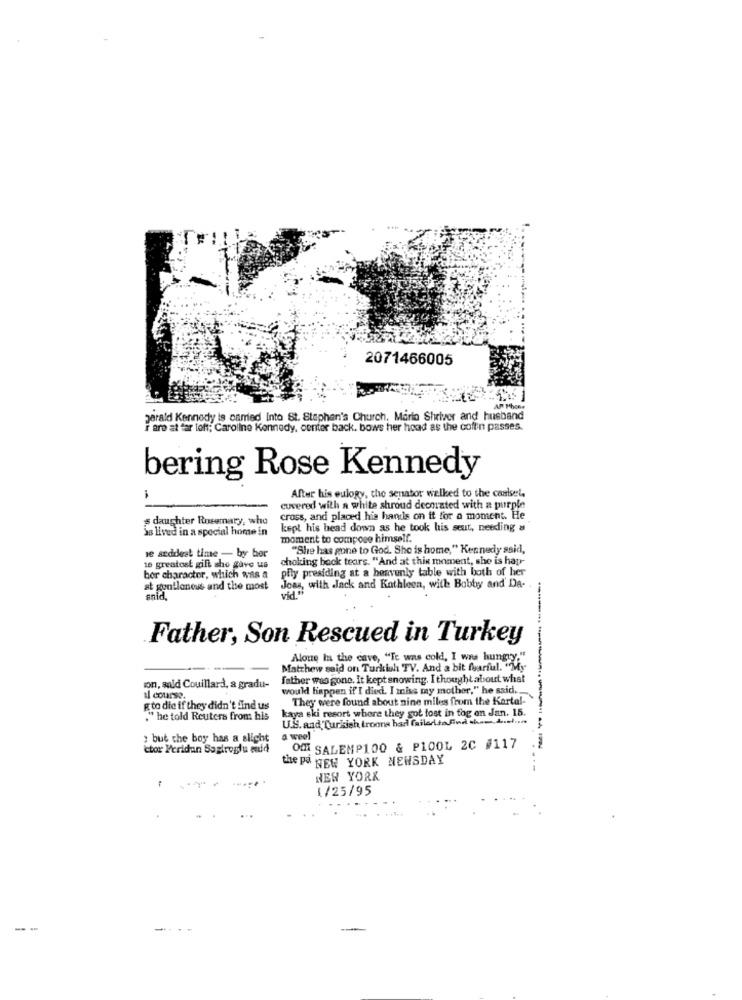
2071466005
gerald Kennedy is onmed Into St. Stephen's Church, Maria Shriver and husband
Fare at far left; Caroline Kennedy, center back. bows her head as the coffin passes.
bering Rose Kennedy
After his eulogy, the senator walked to the castset,
covered with a white shroud decorated with a purple
s daughter Rosemary, who
cross, and placed his hands on it for a moment. He
as lived in a special home in
kept his head down as he took his seut, needing a
moment to compose himself.
"She has gone to God. She is home," Kennedy ssid,
ie saddest time - by her
choking back tears. "And at this moment, she is hap-
16 greatost gift she gave us
pily presiding at a heavenly table with both of her
bor character, which was a
at gonflenous and the most
"9%, with dack and Kathleen, with Bobby and Da-
snid.
Father, Son Rescued in Turkey
Alone In the cave, "Te was cold, I was hungry."
Matthew said on Turkish TV. And a bit fearful. "My-
father was gone. It kept snowing. I thought about what
on, sald Couillard, a gradu-
would happen if'I died. I miss my mother," he said ..
al course.
They were found about nine miles from the Kartal-
gto die if they didn't find us
," he told Reuters from his
kaya ski resort where they got lost in fog on Jan. 15.
U.S. and Turkish troons had failed to find them,
: but the boy has a slight
a weel
ctor Yeridan Sagiroglu mudd
Off SALEMP100 & P100L 2C #117
the p& NEW YORK NEWSDAY
-
NEW YORK
1/25/95
-- -
----